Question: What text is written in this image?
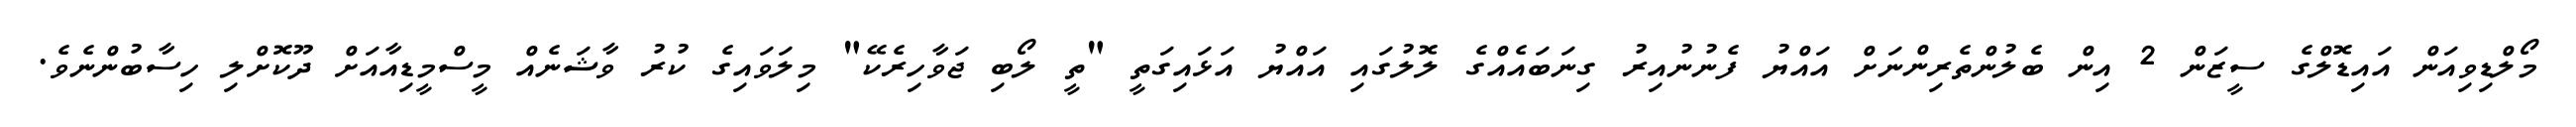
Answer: މޯލްޑިވިއަން އައިޑޮލްގެ ސީޒަން 2 އިން ބެލުންތެރިންނަށް އައްޔު ފެނުނުއިރު ގިނަބައެއްގެ ލޮލުގައި އައްޔު އަޅައިގަތީ "ތީ ލޯބި ޖަވާހިރެކޭ" މިލަވައިގެ ކުރު ވާޝަނެއް މީސްމީޑިއާއަށް ދޫކޮށްލި ހިސާބުންނެވެ.